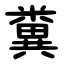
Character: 糞